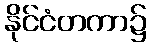
နိုင်ငံတကာ၌